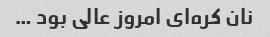
نان کره‌ای امروز عالی بود …